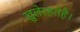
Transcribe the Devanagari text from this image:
खुलेरहतेहै।